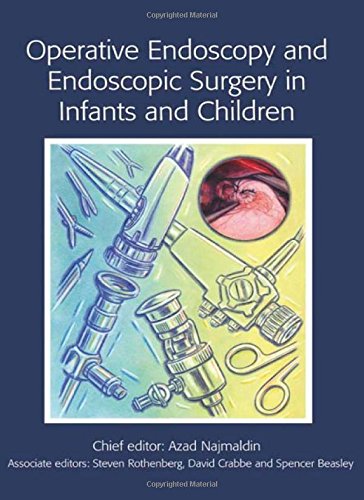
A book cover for Operative Endoscopy and Endoscopic Surgery in Infants and Children (Hodder Arnold Publication); Medical Books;